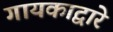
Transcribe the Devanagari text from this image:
गायकाद्वारे